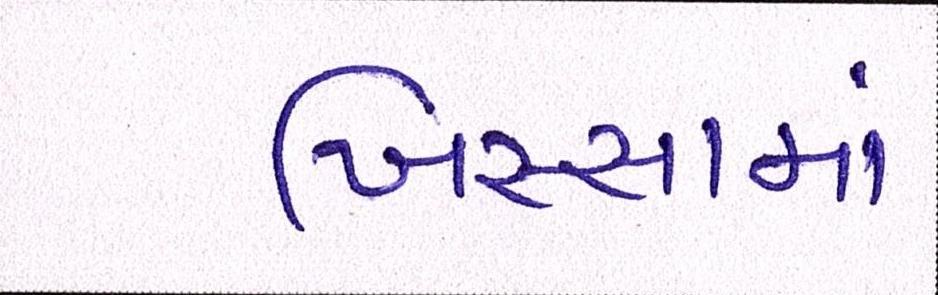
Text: ખિસ્સામાં